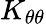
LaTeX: K_{\theta\theta}